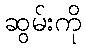
ဆွမ်းကို